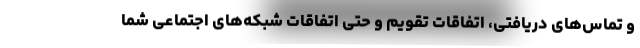
و تماس‌های دریافتی، اتفاقات تقویم و حتی اتفاقات شبکه‌های اجتماعی شما